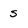
Character: s